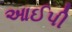
આઈપી